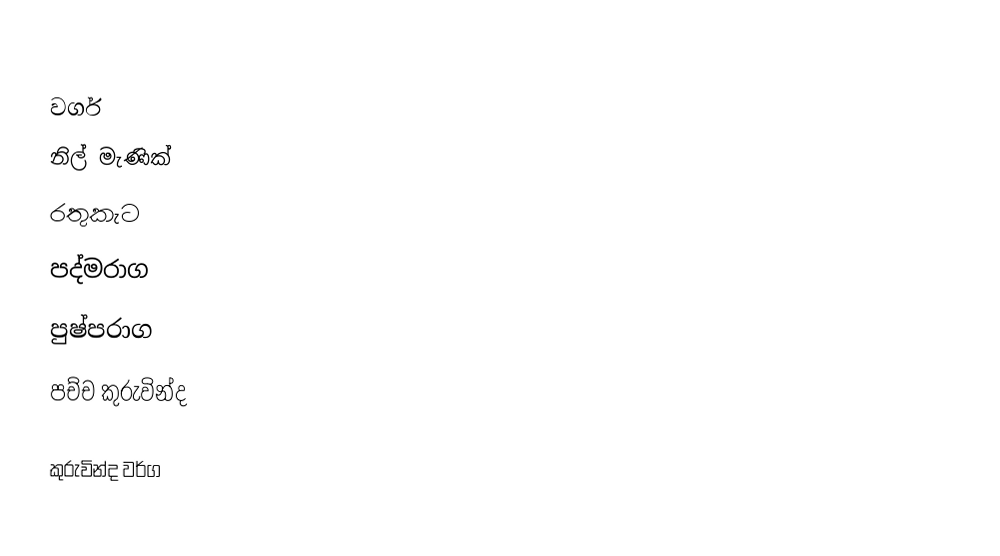

වර්ග
 නිල් මැණික්
 රතුකැට
 පද්මරාග
 පුෂ්පරාග
 පච්ච කුරුවින්ද

කුරුවින්ද වර්ග